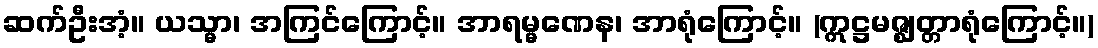
ဆက်ဦးအံ့။ ယသ္မာ၊ အကြင်ကြောင့်။ အာရမ္မဏေန၊ အာရုံကြောင့်။ (ဣဋ္ဌမဇ္ဈတ္တာရုံကြောင့်။)